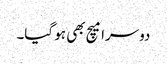
دوسرا میچ بھی ہو گیا۔